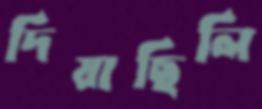
দিয়াছিলি